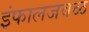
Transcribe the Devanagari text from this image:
इंफालजवळ